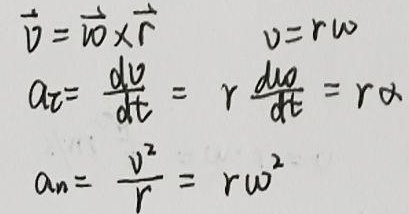
\begin{align*}
\vec{v}&=\vec{\omega}\times\vec{r}\\
v&=r\omega\\
a_{\tau}&=\frac{dv}{dt}=r\frac{d\omega}{dt}=r\alpha\\
a_{n}&=\frac{v^{2}}{r}=r\omega^{2}
\end{align*}